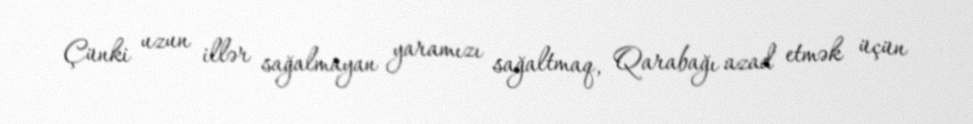
Çünki uzun illər sağalmayan yaramızı sağaltmaq, Qarabağı azad etmək üçün